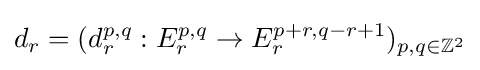
d_{r}=(d_{r}^{p,q}:E_{r}^{p,q}\to E_{r}^{p+r,q-r+1})_{p,q\in \mathbb {Z} ^{2}}